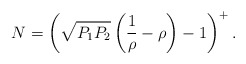
\begin{align*}N=\left(\sqrt{P_1P_2}\left(\frac{1}{\rho}-\rho\right)-1\right)^+.\end{align*}